Report of the Indian Hemp Drugs Commission, 1894-1895 - Volume V
Year: 1894
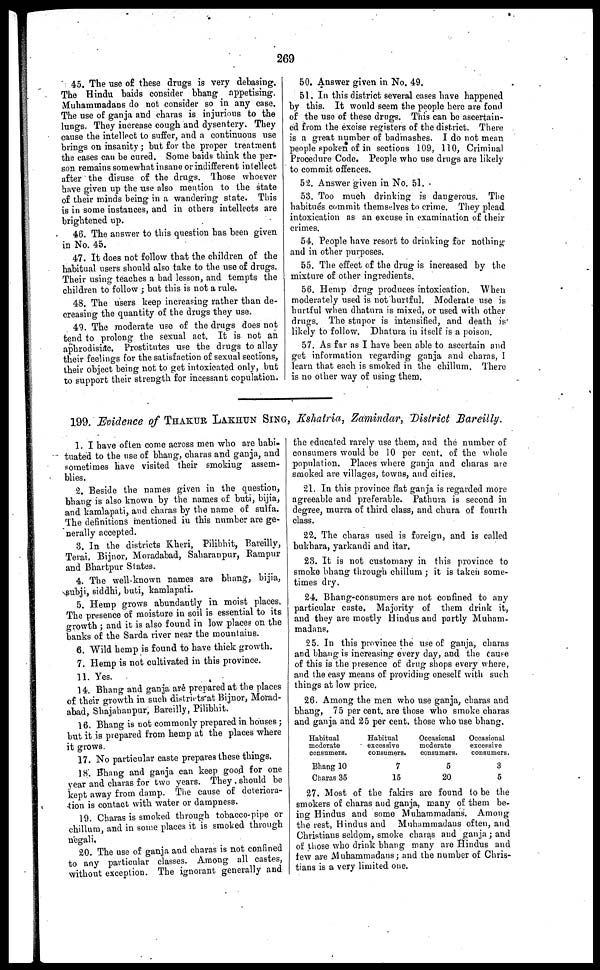
269
45. The use of these drugs is very debasing.
The Hindu baids consider bhang appetising.
Muhammadans do not consider so in any case.
The use of ganja and charas is injurious to the
lungs. They increase cough and dysentery. They
cause the intellect to suffer, and a continuous use
brings on insanity ; but for the proper treatment
the cases can be cured. Some baids think the per-
son remains somewhat insane or indifferent intellect
after the disuse of the drugs. Those whoever
have given up the use also mention to the state
of their minds being in a wandering state. This
is in some instances, and in others intellects are
brightened up.
46. The answer to this question has been given
in No. 45.
47. It does not follow that the children of the
habitual users should also take to the use of drugs.
Their using teaches a bad lesson, and tempts the
children to follow ; but this is not a rule.
48. The users keep increasing rather than de-
creasing the quantity of the drugs they use.
49. The moderate use of the drugs does not
tend to prolong the sexual act. It is not an
aphrodisiac. Prostitutes use the drugs to allay
their feelings for the satisfaction of sexual sections,
their object being not to get intoxicated only, but
to support their strength for incessant copulation.
50. Answer given in No. 49.
51. In this district several cases have happened
by this. It would seem the people here are fond
of the use of these drugs. This can bo ascertain-
ed from the excise registers of the district. There
is a great number of badmashes. I do not mean
people spoken of in sections 109, 110, Criminal
Procedure Code. People who use drugs are likely
to commit offences.
52. Answer given in No. 51.
53. Too much drinking is dangerous. The
habitues commit themselves to crime. They plead
intoxication as an excuse in examination of their
crimes.
54. People have resort to drinking for nothing
and in other purposes.
55. The effect of the drug is increased by the
mixture of other ingredients.
56. Hemp drug produces intoxication. When
moderately used is not hurtful. Moderate use is
hurtful when dhatura is mixed, or used with other
drugs. The stupor is intensified, and death is
likely to follow. Dhatura in itself is a poison.
57. As far as I have been able to ascertain and
get information regarding ganja and charas, I
learn that each is smoked in the chillum. There
is no other way of using them.
199. Evidence of THAKUR LAKHUN SING, Kshatria, Zamindar, District Bareilly.
1. I have often come across men who are habi-
tuated to the use of bhang, charas and ganja, and
sometimes have visited their smoking assem-
blies.
2. Beside the names given in the question,
bhang is also known by the names of buti, bijia,
and kamlapati, and charas by the name of sulfa.
The definitions mentioned in this number are ge-
nerally accepted.
3. In the districts Kheri, Pilibhit, Bareilly,
Terai, Bijnor, Moradabad, Saharanpur, Rampur
and Bhartpur States.
4. The well-known names are bhang, bijia,
subji, siddhi, buti, kamlapati.
5. Hemp grows abundantly in moist places.
The presence of moisture in soil is essential to its
growth ; and it is also found in low places on the
banks of the Sarda river near the mountains.
6. Wild hemp is found to have thick growth.
7. Hemp is not cultivated in this province.
11. Yes.
14. Bhang and ganja are prepared at the places
of their growth in such districts at Bijnor, Morad-
abad, Shajahanpur, Bareilly, Pilibhit.
16. Bhang is not commonly prepared in houses ;
but it is prepared from hemp at the places where
it grows.
17. No particular caste prepares these things.
18. Bhang and ganja can keep good for one
year and charas for two years. They should be
kept away from damp. The cause of deteriora-
tion is contact with water or dampness.
19. Charas is smoked through tobacco pipe or
chillum, and in some places it is smoked through
negali.
20. The use of ganja and charas is not confined
to any particular classes. Among all castes,
without exception. The ignorant generally and
the educated rarely use them, and the number of
consumers would be 10 per cent. of the whole
population. Places where ganja and charas are
smoked are villages, towns, and cities.
21. In this province flat ganja is regarded more
agreeable and preferable. Pathura is second in
degree, murra of third class, and chura of fourth
class.
22. The charas used is foreign, and is called
bukhara, yarkandi and itar.
23. It is not customary in this province to
smoke bhang through chillum ; it is taken some-
times dry.
24. Bhang-consumers are not confined to any
particular caste. Majority of them drink it,
and they are mostly Hindus and partly Muham-
madans.
25. In this province the use of ganja, charas
and bhang is increasing every day, and the cause
of this is the presence of drug shops every where,
and the easy means of providing oneself with such
things at low price.
26. Among the men who use ganja, charas and
bhang, 75 per cent. are those who smoke charas
and ganja and 25 per cent. those who use bhang.
Habitual
moderate
consumers.
Bhang 10
Charas 35
Habitual
excessive
consumers.
7
15
Occasional
moderate
consumers.
5
20
Occasional
excessive
consumers.
3
5
27. Most of the fakirs are found to be the
smokers of charas and ganja, many of them be-
ing Hindus and some Muhammadans. Among
the rest, Hindus and Muhammadans often, and
Christians seldom, smoke charas and ganja ; and
of those who drink bhang many are Hindus and
few are Muhammadans ; and the number of Chris-
tians is a very limited one.